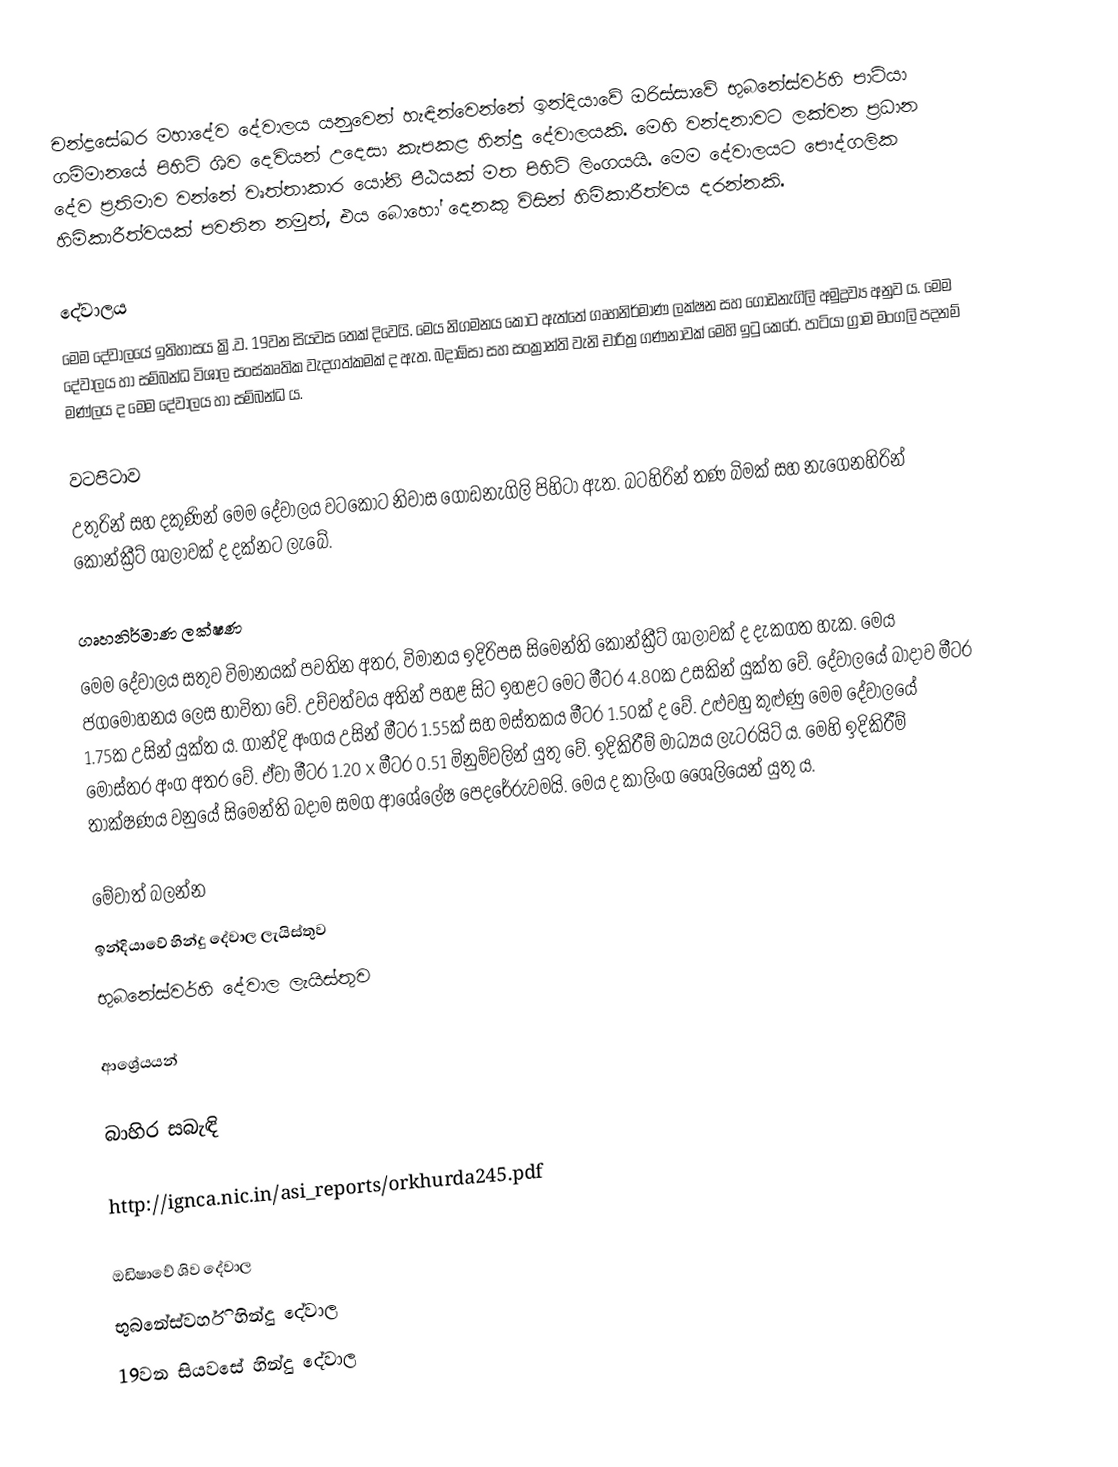
චන්ද්‍රසේඛර මහාදේව දේවාලය යනුවෙන් හැඳින්වෙන්නේ ඉන්දියාවේ ඔරිස්සාවේ භුබනේස්වර්හි පාටියා ගම්මානයේ පිහිටි ශිව දෙවියන් උදෙසා කැපකළ හින්දු දේවාලයකි. මෙහි වන්දනාවට ලක්වන ප්‍රධාන දේව ප්‍රතිමාව වන්නේ වෘත්තාකාර යෝනි පීඨයක් මත පිහිටි ලිංගයයි. මෙම දේවාලයට පෞද්ගලික හිමිකාරීත්වයක් පවතින නමුත්, එය බොහෝ දෙනකු විසින් හිමිකාරීත්වය දරන්නකි.

දේවාලය
මෙම දේවාලයේ ඉතිහාසය ක්‍රි.ව. 19වන සියවස තෙක් දිවෙයි. මෙය නිගමනය කොට ඇත්තේ ගෘහනිර්මාණ ලක්ෂන සහ ගොඩනැගිලි අමුද්‍රව්‍ය අනුව ය. මෙම දේවාලය හා සම්බන්ධ විශාල සංස්කෘතික වැදගත්කමක් ද ඇත. බදාඕසා සහ සංක්‍රාන්ති වැනි චාරිත්‍ර ගණනාවක් මෙහි ඉටු කෙරේ. පාටියා ග්‍රාම මංගලි පදනම් මණ්ලය ද මෙම දේවාලය හා සම්බන්ධ ය.

වටපිටාව
උතුරින් සහ දකුණින් මෙම දේවාලය වටකොට නිවාස ගොඩනැගිලි පිහිටා ඇත. බටහිරින් තණ බිමක් සහ නැගෙනහිරින් කොන්ක්‍රීට් ශාලාවක් ද දක්නට ලැබේ.

ගෘහනිර්මාණ ලක්ෂණ
මෙම දේවාලය සතුව විමානයක් පවතින අතර, විමානය ඉදිරිපස සිමෙන්ති කොන්ක්‍රීට් ශාලාවක් ද දැකගත හැක. මෙය ජගමෝහනය ලෙස භාවිතා වේ. උච්චත්වය අතින් පහළ සිට ඉහළට මෙට මීටර 4.80ක උසකින් යුක්ත වේ. දේවාලයේ බාදාව මීටර 1.75ක උසින් යුක්ත ය. ගාන්දි අංගය උසින් මීටර 1.55ක් සහ මස්තකය මීටර 1.50ක් ද වේ. උළුවහු කුළුණු මෙම දේවාලයේ මෝස්තර අංග අතර වේ. ඒවා මීටර 1.20 x මීටර 0.51 මිනුම්වලින් යුතු වේ. ඉදිකිරීම් මාධ්‍යය ලැටරයිට් ය. මෙහි ඉදිකිරීම් තාක්ෂණය වනුයේ සිමෙන්ති බදාම සමග ආශේලේෂ පෙදරේරුවමයි. මෙය ද කාලිංග ශෛලියෙන් යුතු ය.

මේවාත් බලන්න
 ඉන්දියාවේ හින්දු දේවාල ලැයිස්තුව
 භුබනේස්වර්හි දේවාල ලැයිස්තුව

ආශ්‍රේයයන්

බාහිර සබැඳි

 http://ignca.nic.in/asi_reports/orkhurda245.pdf

ඔඩිෂාවේ ශිව දේවාල
භුබනේස්වර්හි හින්දු දේවාල
19වන සියවසේ හින්දු දේවාල